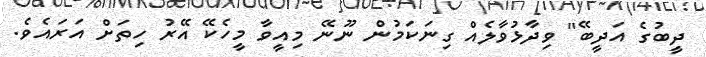
ދީބުގެ އަދީބޭ" ވިދާޅުވާލެއް ގިނަކަމުން ނޫނޭ މިއީވާ މީހެކޭ އޭރު ހިތަށް އަރައެވެ.